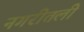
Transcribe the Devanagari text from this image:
नगरीतली